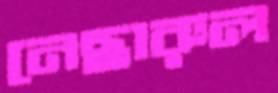
নেছারুল